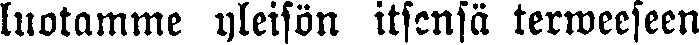
luotamme yleisön itsensä terweeseen